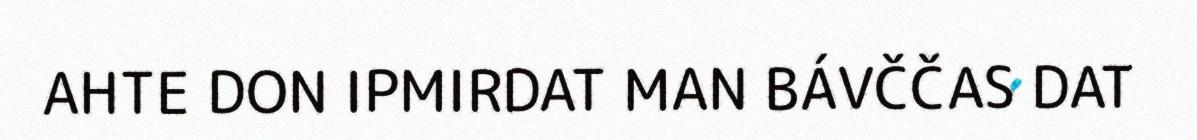
AHTE DON IPMIRDAT MAN BÁVČČAS DAT